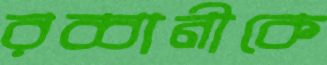
রব্বানীকে